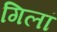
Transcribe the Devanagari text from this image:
गिलां